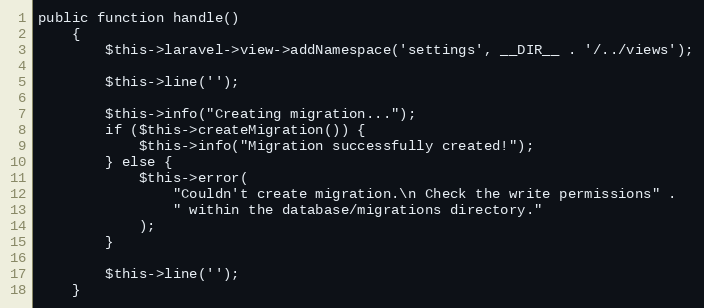
Language: PHP
public function handle()
    {
        $this->laravel->view->addNamespace('settings', __DIR__ . '/../views');

        $this->line('');

        $this->info("Creating migration...");
        if ($this->createMigration()) {
            $this->info("Migration successfully created!");
        } else {
            $this->error(
                "Couldn't create migration.\n Check the write permissions" .
                " within the database/migrations directory."
            );
        }

        $this->line('');
    }